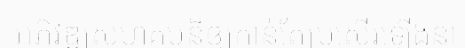
អភិវឌ្ឍសហគមន៏ឲ្យកាន់តែប្រសើរឡើងនា